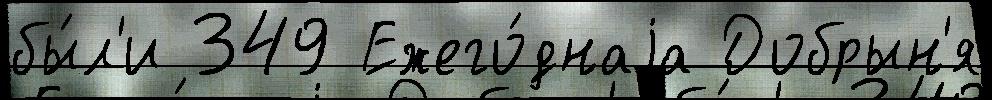
бы́л'и 349 Ежего́днаjа Добрын'я